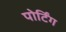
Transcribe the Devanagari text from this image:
पोर्टिंग